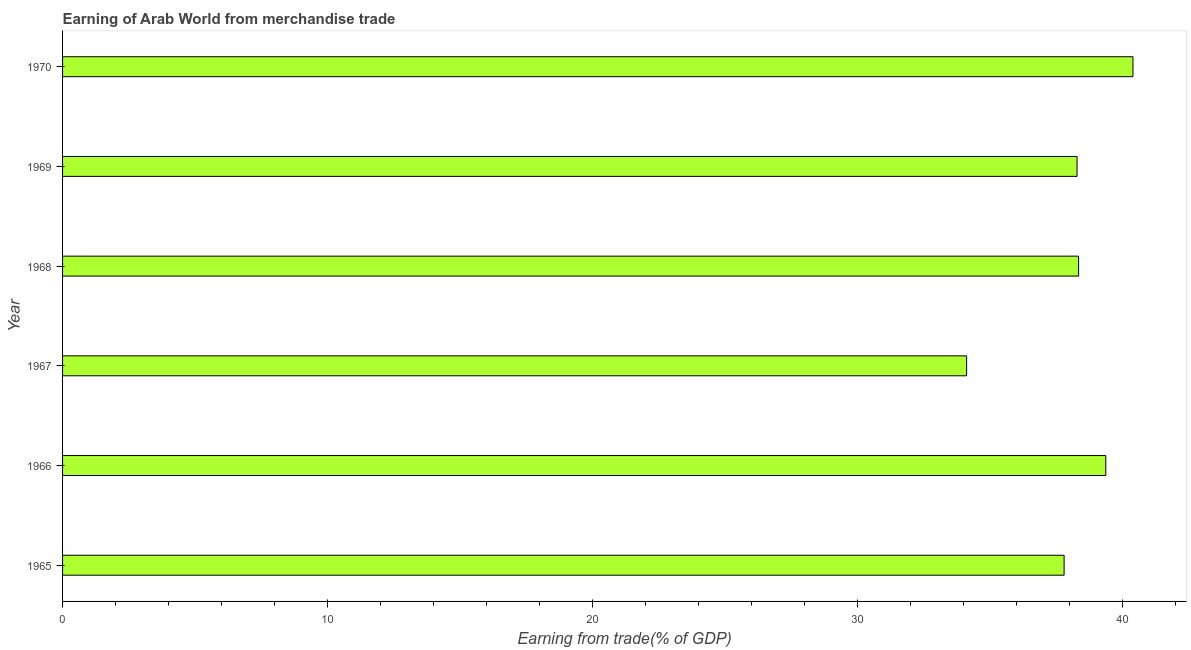
| Year | Merchandise trade |
 | --- | --- |
 | 1965 | 37.8 |
 | 1966 | 39.4 |
 | 1967 | 34.1 |
 | 1968 | 38.3 |
 | 1969 | 38.3 |
 | 1970 | 40.4 |